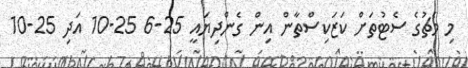
މި މެޗުގެ ސެޓުތަށް ކަޒަކިސްތާން އިން ގެންދިޔައީ 25-6 25-10 އަދި 25-10